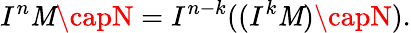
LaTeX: I^{n}\mathit{M}\capN=I^{n-k}((I^{k}\mathit{M})\capN).